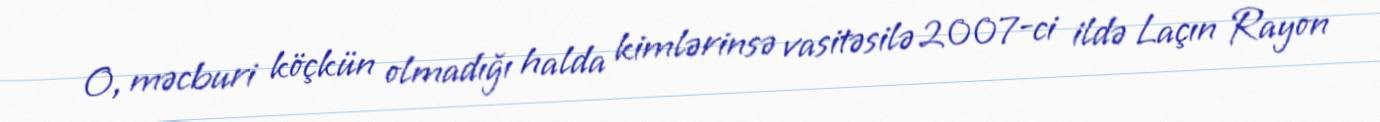
O, məcburi köçkün olmadığı halda kimlərinsə vasitəsilə 2007-ci ildə Laçın Rayon